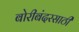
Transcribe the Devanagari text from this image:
बोरीबंदरसाठी